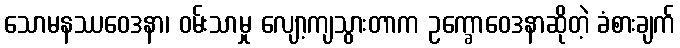
သောမနဿဝေဒနာ၊ ဝမ်းသာမှု လျော့ကျသွားတာက ဥက္ခောဝေဒနာဆိုတဲ့ ခံစားချက်